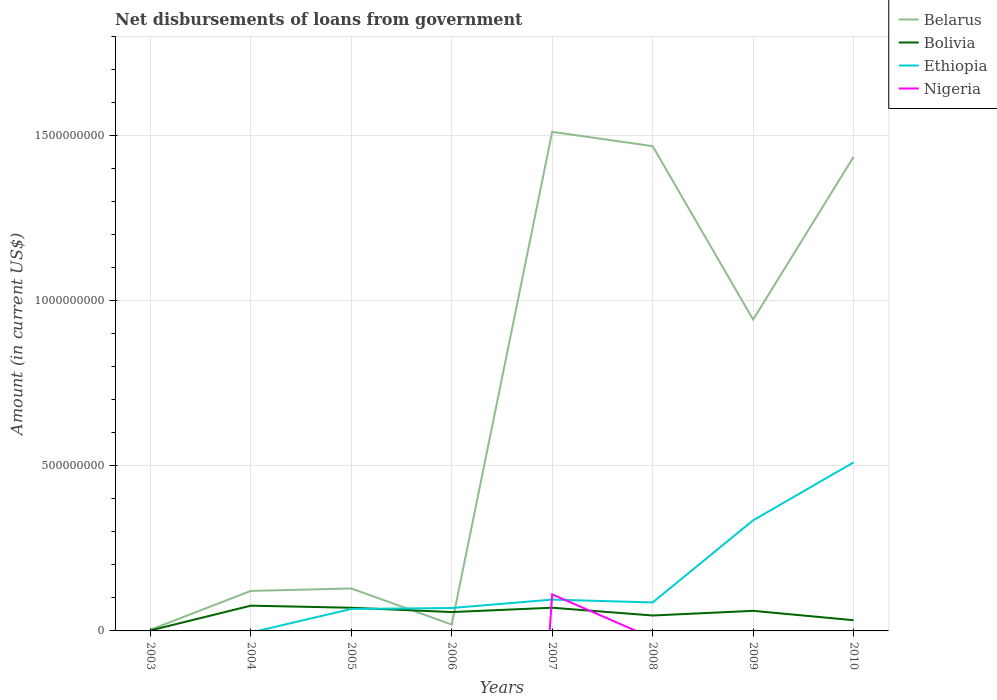
| Years | Belarus | Bolivia | Ethiopia | Nigeria |
 | --- | --- | --- | --- | --- |
 | 2003 | 3.37e+06 | 1.46e+06 | -1.17e+07 | -5.92e+08 |
 | 2004 | 1.21e+08 | 7.65e+07 | -4.9e+06 | -6.15e+08 |
 | 2005 | 1.29e+08 | 7.02e+07 | 6.65e+07 | -3.26e+09 |
 | 2006 | 1.93e+07 | 5.72e+07 | 6.94e+07 | -4.26e+09 |
 | 2007 | 1.51e+09 | 7.03e+07 | 9.49e+07 | 1.11e+08 |
 | 2008 | 1.47e+09 | 4.68e+07 | 8.63e+07 | -2.17e+07 |
 | 2009 | 9.43e+08 | 6.08e+07 | 3.35e+08 | -8.32e+07 |
 | 2010 | 1.44e+09 | 3.25e+07 | 5.11e+08 | -3.97e+07 |